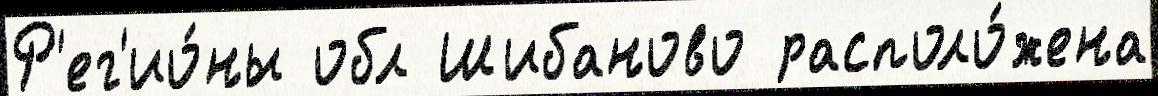
Р'ег'ио́ны обл Шибаново располо́жена